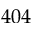
4 0 4